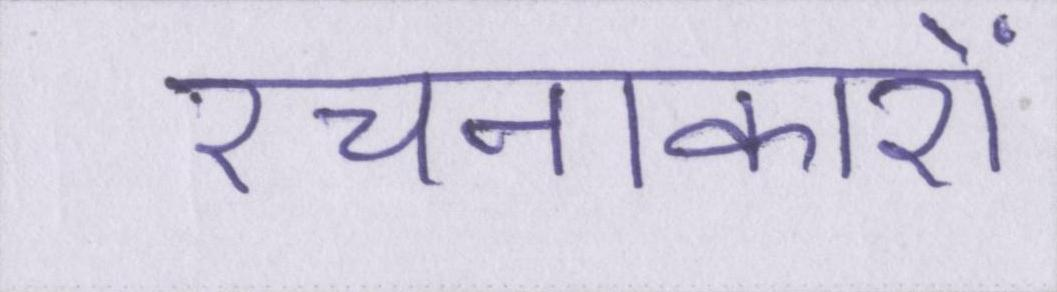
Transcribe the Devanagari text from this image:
रचनाकारों